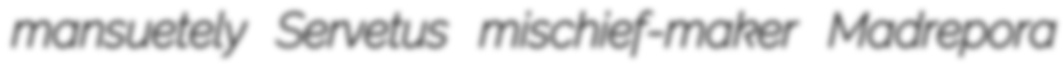
mansuetely Servetus mischief-maker Madrepora